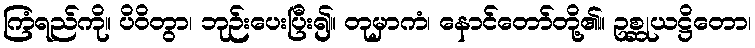
ကြံရည်ကို။ ပိဝိတွာ၊ ဘုဉ်းပေးပြီး၍။ တုမှာကံ၊ နောင်တော်တို့၏။ ဥစ္ဆုယဋ္ဌိတော၊